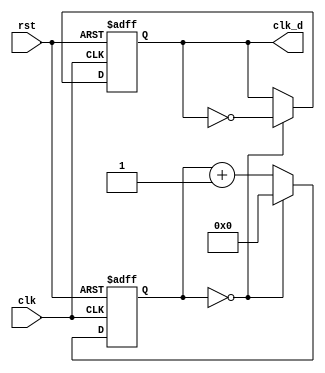
module clk_divider#(parameter N=1) (

  input clk,
  input rst,
  output clk_d
  );
  reg clk_div;
  reg[31:0] counter;
  assign clk_d = clk_div;
  
  always @(posedge clk or posedge rst) begin
    if (rst) begin
      clk_div <= 1'b0;
		counter <= 32'b0;
    end else if (counter == N-1) begin
      clk_div <= ~clk_div;
      counter <= 32'b0;
    end else begin
      clk_div <= clk_div;
      counter <= counter + 1;
    end
    
  end
  
endmodule